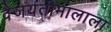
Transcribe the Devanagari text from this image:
वैजयंतीमालाला